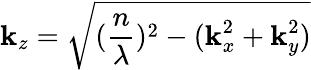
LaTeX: \textbf{k}_{z}=\sqrt{(\frac{n}{\lambda})^{2}-(\textbf{k}_{x}^{2}+\textbf{k}_{y}^{2})}